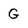
Character: G